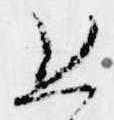
恐